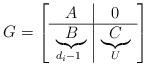
LaTeX: \begin{align*}G = \left [ \begin{array}{c|c} A & 0 \\ \hline \underbrace{B}_{d_i - 1 \ } & \underbrace{C}_{U} \end{array} \right ]\end{align*}